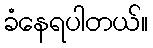
ခံနေရပါတယ်။